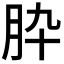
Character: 𦙈